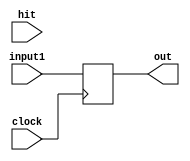
`timescale 1ns / 1ps
//////////////////////////////////////////////////////////////////////////////////
// Company: 
// 
// Design Name: 
// Module Name:    ProgramCounter32bits 
// Project Name: 
// Target Devices: 
// Tool versions: 
// Description: 
//
// Dependencies: 
//
// Revision: 
// Revision 0.01 - File Created
// Additional Comments: 
//
//////////////////////////////////////////////////////////////////////////////////
module ProgramCounter32bits(
    input [31:0] input1,
    input clock,
	 input hit,
    output reg [31:0] out
    );

    always @(negedge clock)
    begin
		//if (hit)
			out = input1;
    end

endmodule